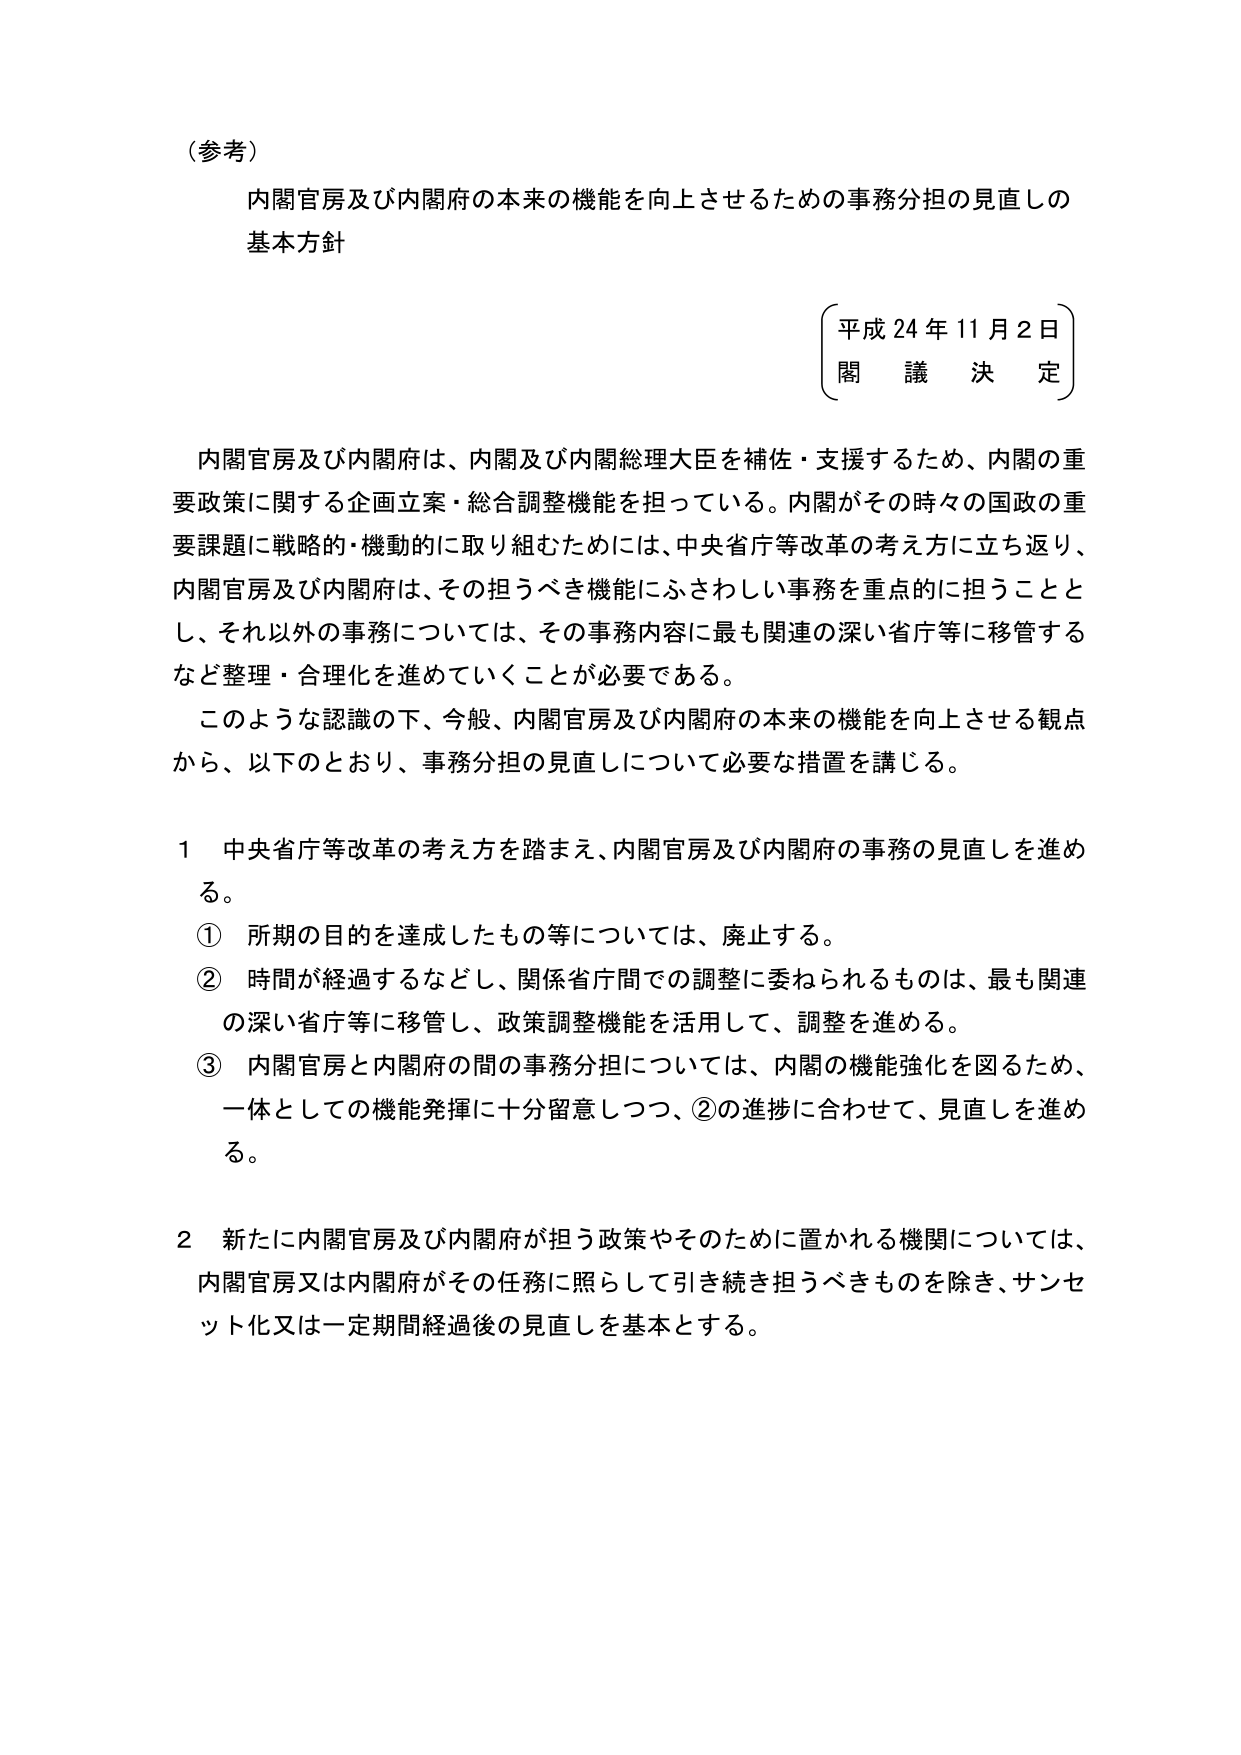
（参考）

内閣官房及び内閣府の本来の機能を向上させるための事務分担の見直しの
基本方針